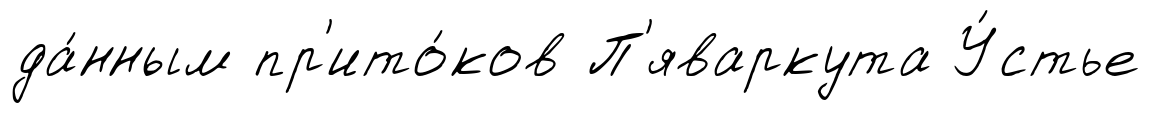
да́нным пр'ито́ков П'яваркута У́стье